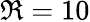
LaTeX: \Re=10